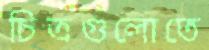
চিত্রগুলোতে